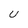
Character: U